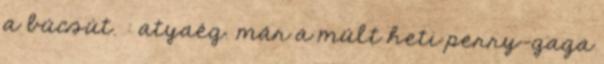
a búcsút. : atyaég. már a múlt heti perry-gaga